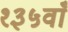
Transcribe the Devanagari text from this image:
१३५वाँ